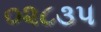
૦૨૮૩૫